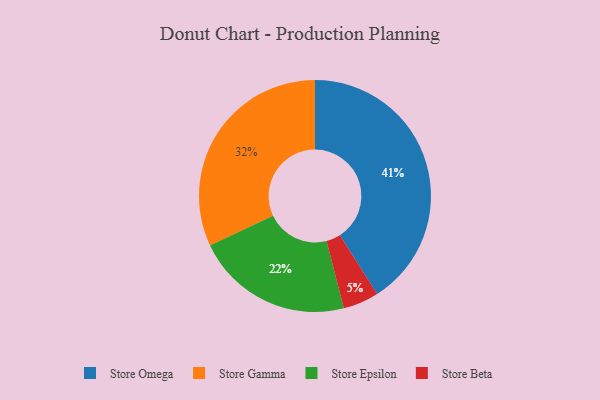
{"axis": {"x": "Category", "y": "Percentage"}, "legend": ["Store Beta", "Store Epsilon", "Store Gamma", "Store Omega"], "data": [{"x": "Store Omega", "y": 41, "type": "Store Omega"}, {"x": "Store Beta", "y": 5, "type": "Store Beta"}, {"x": "Store Epsilon", "y": 22, "type": "Store Epsilon"}, {"x": "Store Gamma", "y": 32, "type": "Store Gamma"}]}